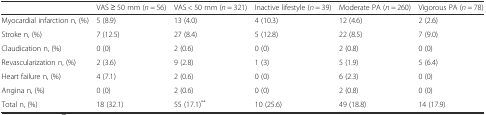
<table><thead><tr><td></td><td><b>VAS ≥ 50 mm (<i>n</i> = 56)</b></td><td><b>VAS &lt; 50 mm (<i>n</i> = 321)</b></td><td><b>Inactive lifestyle (<i>n</i> = 39)</b></td><td><b>Moderate PA (<i>n</i> = 260)</b></td><td><b>Vigorous PA (<i>n</i> = 78)</b></td></tr></thead><tbody><tr><td>Myocardial infarction n, (%)</td><td>5 (8.9)</td><td>13 (4.0)</td><td>4 (10.3)</td><td>12 (4.6)</td><td>2 (2.6)</td></tr><tr><td>Stroke n, (%)</td><td>7 (12.5)</td><td>27 (8.4)</td><td>5 (12.8)</td><td>22 (8.5)</td><td>7 (9.0)</td></tr><tr><td>Claudication n, (%)</td><td>0 (0)</td><td>2 (0.6)</td><td>0 (0)</td><td>2 (0.8)</td><td>0 (0)</td></tr><tr><td>Revascularization n, (%)</td><td>2 (3.6)</td><td>9 (2.8)</td><td>1 (3)</td><td>5 (1.9)</td><td>5 (6.4)</td></tr><tr><td>Heart failure n, (%)</td><td>4 (7.1)</td><td>2 (0.6)</td><td>0 (0)</td><td>6 (2.3)</td><td>0 (0)</td></tr><tr><td>Angina n, (%)</td><td>0 (0)</td><td>2 (0.6)</td><td>0 (0)</td><td>2 (0.8)</td><td>0 (0)</td></tr><tr><td>Total n, (%)</td><td>18 (32.1)</td><td>55 (17.1)<sup>**</sup></td><td>10 (25.6)</td><td>49 (18.8)</td><td>14 (17.9)</td></tr></tbody></table>